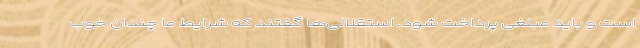
است و باید مبلغی پرداخت شود. استقلالی‌ها گفتند که شرایط ما چندان خوب